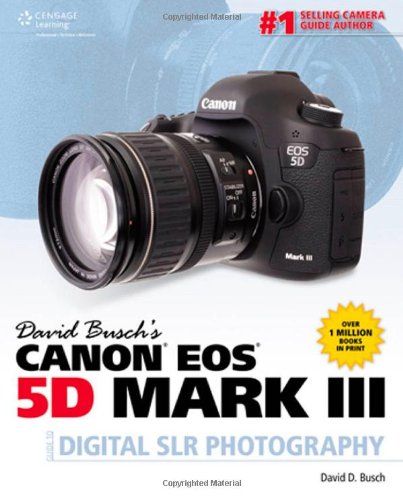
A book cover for David Busch's Canon EOS 5D Mark III Guide to Digital SLR Photography (David Busch's Digital Photography Guides); David D. Busch; Arts & Photography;